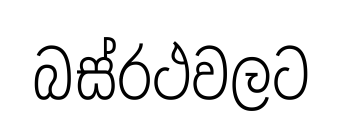
බස්රථවලට